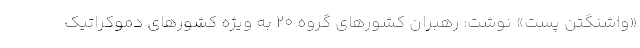
«واشنگتن پست» نوشت: رهبران کشورهای گروه ۲۰ به ویژه کشورهای دموکراتیک